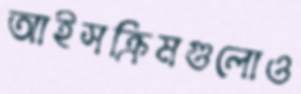
আইসক্রিমগুলোও